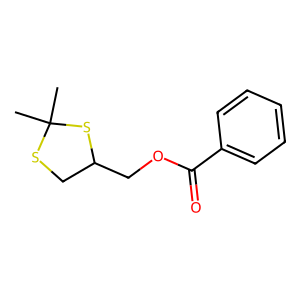
SMILES: CC1(C)SCC(COC(=O)c2ccccc2)S1
Inhibits HIV replication: No